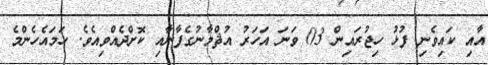
އާއި ކައިވެނި ފުޅު ހިޖުރައިން 03 ވަނަ އަހަރު އުޘްމާނުގެފާނާއި ކޮށްދެއްވިއެވެ. ހަމައެހެންމެ